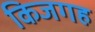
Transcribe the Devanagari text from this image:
किजगह